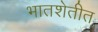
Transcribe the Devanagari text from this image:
भातशेतीत